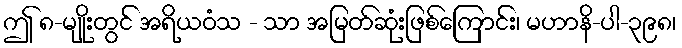
ဤ ၈-မျိုးတွင် အရိယဝံသ - သာ အမြတ်ဆုံးဖြစ်ကြောင်း၊ မဟာနိ-ပါ-၃၉၈၊